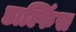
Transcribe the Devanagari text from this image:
डाल्फिंस